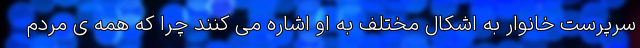
سرپرست خانوار به اشکال مختلف به او اشاره می کنند چرا که همه ی مردم